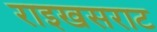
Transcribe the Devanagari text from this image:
राइखसराट